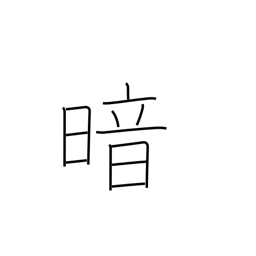
Meaning: be blinded